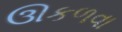
ઊકળવા